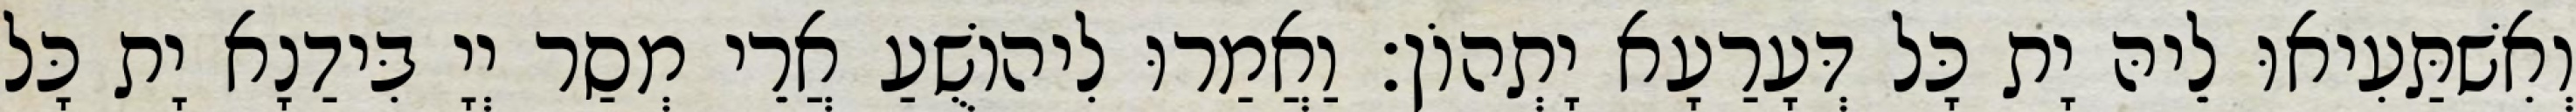
וְאִשׁתַּעִיאוּ לֵיהּ יָת כָּל דְּעָרַעָא יָתְהוֹן׃ וַאֲמַרוּ לִיהוֹשֻׁעַ אֲרֵי מְסַר יְיָ בִּידַנָא יָת כָּל